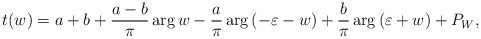
LaTeX: \begin{align*}t(w)= a+b+\frac{a-b}{\pi}\arg{w}-\frac{a}{\pi}\arg{(-\varepsilon -w)} +\frac{b}{\pi}\arg{(\varepsilon+w)}+P_W,\end{align*}